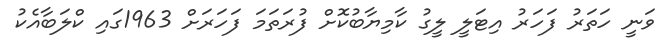
ވަނީ ހަތަރު ފަހަރު އިޓަލީ ލީގު ކާމިޔާބުކޮށް ފުރަތަމަ ފަހަރަށް 1963ގައި ކްލަބާއެކު